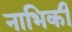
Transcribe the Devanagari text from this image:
नाभिकी